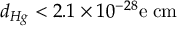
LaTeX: d _ { H g } < 2 . 1 \times 1 0 ^ { - 2 8 } \mathrm { e \; c m }